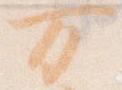
万